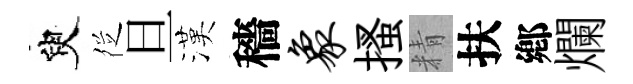
臾徔旦漢穡象搔精扶鄕爛